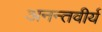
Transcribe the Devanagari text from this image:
अनन्तवीर्य